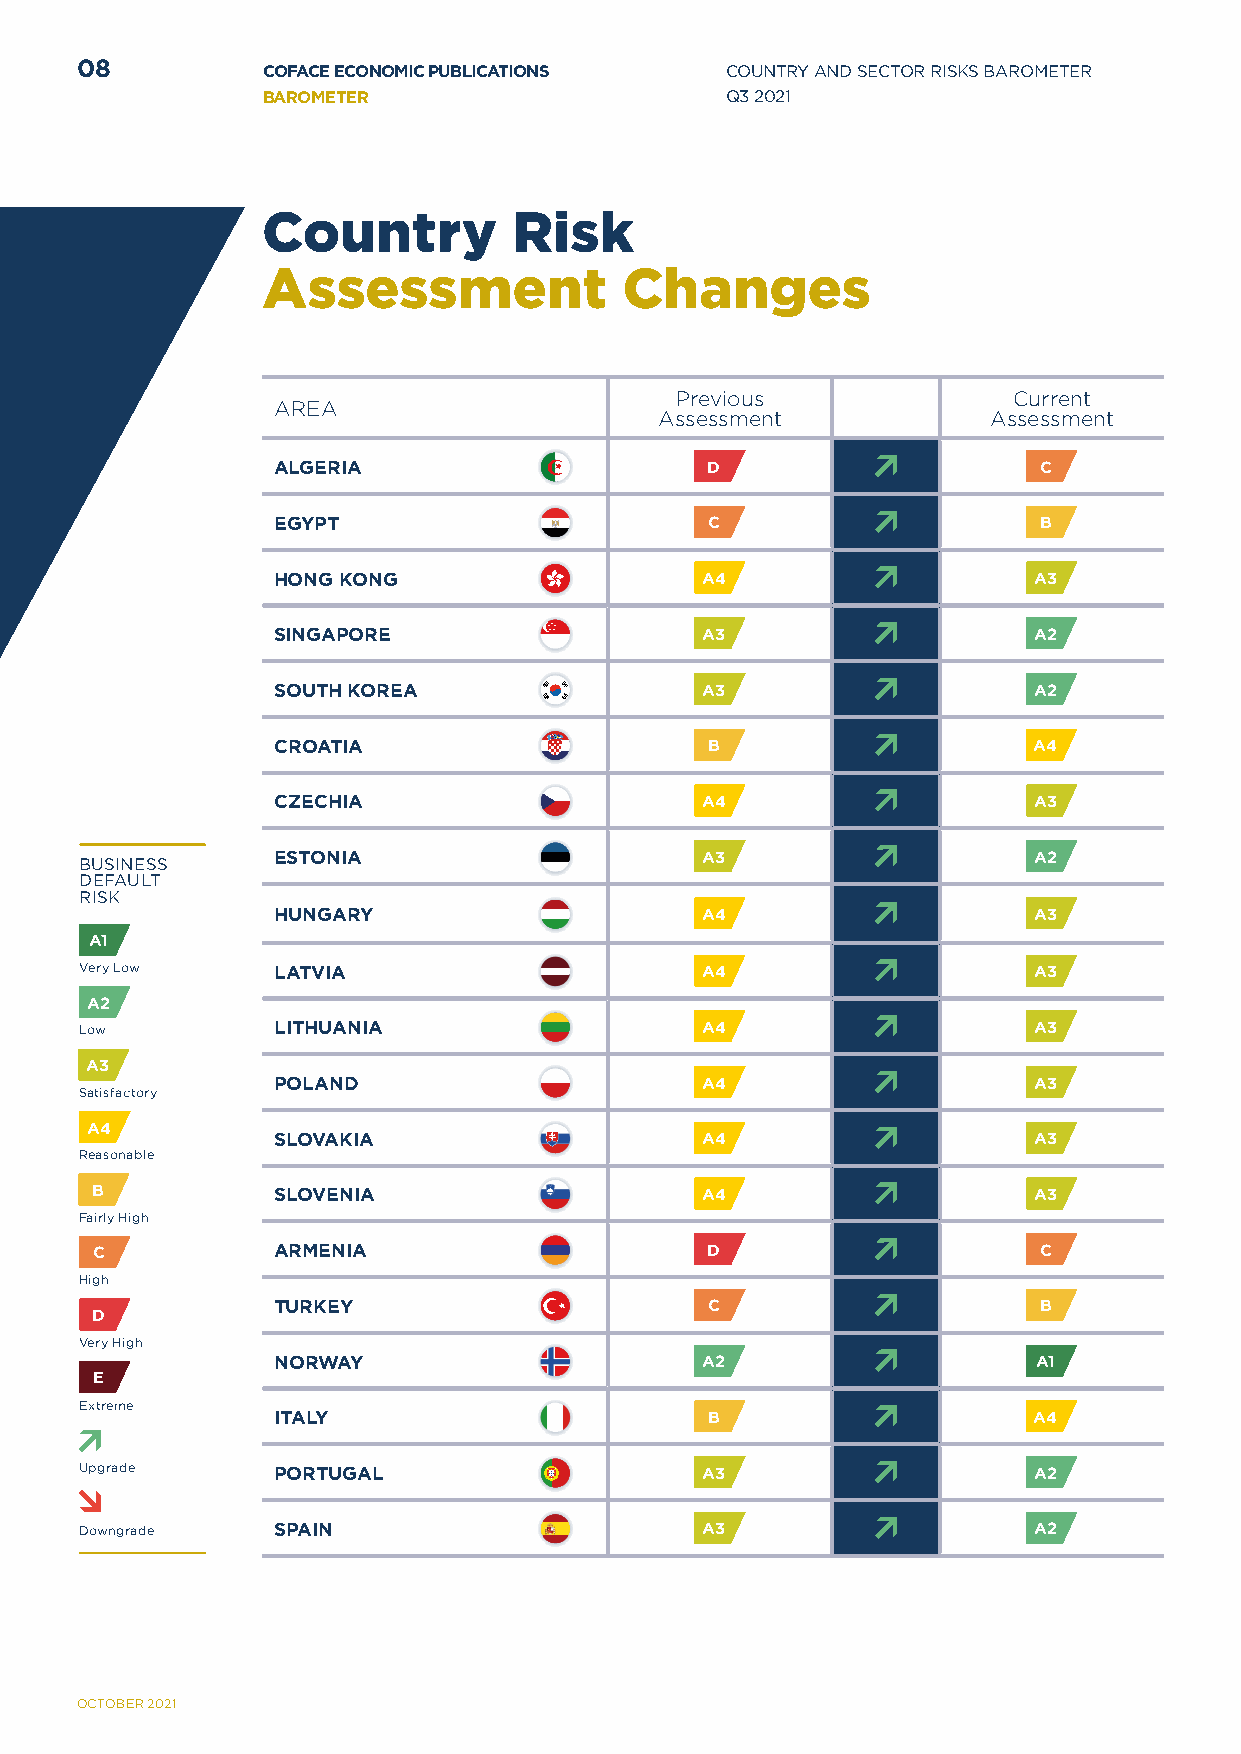
08          COFACE ECONOMIC PUBLICATIONS   COUNTRY AND SECTOR RISKS BAROMETER
 BAROMETER                      Q3 2021
 Country          Risk
 Assessment              Changes
 Previous              Current
 AREA
 Assessment           Assessment
 ALGERIA                      D                     C
 EGYPT                        C                     B
 HONG KONG                   A4                    A3
 SINGAPORE                   A3                    A2
 SOUTH KOREA                 A3                    A2
 CROATIA                      B                    A4
 CZECHIA                     A4                    A3
 BUSINESS     ESTONIA                     A3                    A2
 DEFAULT
 RISK
 HUNGARY                     A4                    A3
 A1
 Very Low     LATVIA                      A4                    A3
 A2
 Low          LITHUANIA                   A4                    A3
 A3
 POLAND                      A4                    A3
 Satisfactory
 A4
 SLOVAKIA                    A4                    A3
 Reasonable
 B           SLOVENIA                    A4                    A3
 Fairly High
 C           ARMENIA                      D                     C
 High
 TURKEY                       C                     B
 D
 Very High
 NORWAY                      A2                     A1
 E
 Extreme
 ITALY                        B                    A4
 Upgrade      PORTUGAL                    A3                    A2
 Downgrade    SPAIN                       A3                    A2
 OCTOBER 2021